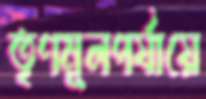
তৃণমূলপর্যায়ে